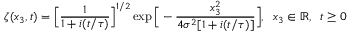
\zeta ( x _ { 3 } , t ) = \Big [ \frac { 1 } { 1 + i ( t / \tau ) } \Big ] ^ { 1 / 2 } \exp \Big [ - \frac { x _ { 3 } ^ { 2 } } { 4 \sigma ^ { 2 } [ 1 + i ( t / \tau ) ] } \Big ] , \; \; x _ { 3 } \in \mathbb { R } , \; \; t \geq 0